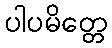
ပါပမိတ္တေ